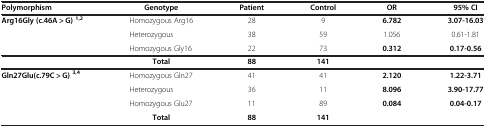
<table><thead><tr><td><b>Polymorphism</b></td><td><b>Genotype</b></td><td><b>Patient</b></td><td><b>Control</b></td><td><b>OR</b></td><td><b>95% CI</b></td></tr></thead><tbody><tr><td rowspan="3"><b>Arg16Gly (c.46A &gt; G) </b><sup><b>1,2</b></sup></td><td>Homozygous Arg16</td><td>28</td><td>9</td><td><b>6.782</b></td><td><b>3.07-16.03</b></td></tr><tr><td>Heterozygous</td><td>38</td><td>59</td><td>1.056</td><td>0.61-1.81</td></tr><tr><td>Homozygous Gly16</td><td>22</td><td>73</td><td><b>0.312</b></td><td><b>0.17-0.56</b></td></tr><tr><td> </td><td><b>Total</b></td><td><b>88</b></td><td><b>141</b></td><td> </td><td> </td></tr><tr><td rowspan="3"><b>Gln27Glu(c.79C &gt; G) </b><sup><b>3,4</b></sup></td><td>Homozygous Gln27</td><td>41</td><td>41</td><td><b>2.120</b></td><td><b>1.22-3.71</b></td></tr><tr><td>Heterozygous</td><td>36</td><td>11</td><td><b>8.096</b></td><td><b>3.90-17.77</b></td></tr><tr><td>Homozygous Glu27</td><td>11</td><td>89</td><td><b>0.084</b></td><td><b>0.04-0.17</b></td></tr><tr><td> </td><td><b>Total</b></td><td><b>88</b></td><td><b>141</b></td><td> </td><td> </td></tr></tbody></table>